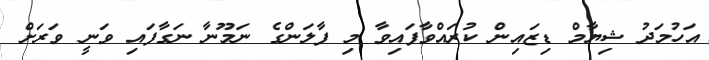
އަހުމަދު ޝިޔާމް ޑިޒައިން ކުރައްވާފައިވާ މި ފާލަންގެ ނަމޫނާ ނަގާފައި ވަނީ ވަރަށް